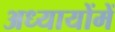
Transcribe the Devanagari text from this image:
अध्यायोंमें